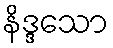
နိဒ္ဒသော